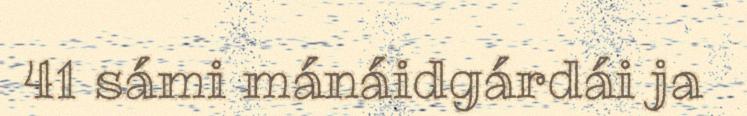
41 sámi mánáidgárdái ja